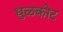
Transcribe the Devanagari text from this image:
धुळकोट